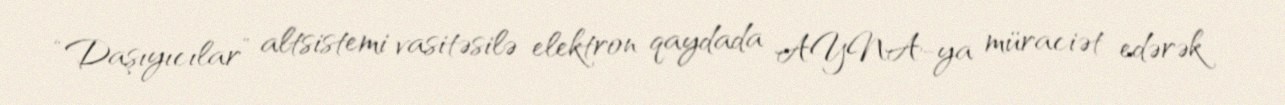
“Daşıyıcılar” altsistemi vasitəsilə elektron qaydada AYNA-ya müraciət edərək